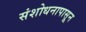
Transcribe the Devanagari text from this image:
संशोधनापासून